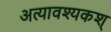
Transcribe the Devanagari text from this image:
अत्यावश्यकश्